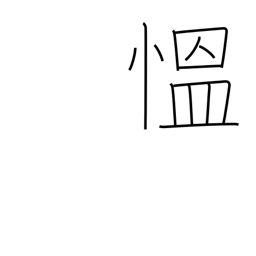
Meaning: be angry (excited)